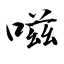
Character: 嗞